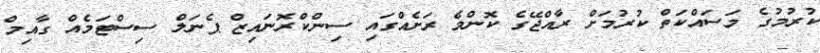
ކުރުމުގެ މަސައްކަތް ކުރުމަށް ރާއްޖޭގެ ކޮންމެ ރަށެއްގައި ސިންކްރޮނައިޒް ޕެނަލް ސިސްޓަމެއް ގާއިމް